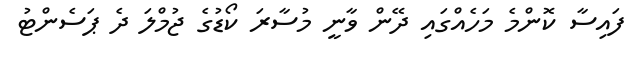
ފައިސާ ކޮންމެ މަހެއްގައި ދޭން ވާނީ މުސާރަ ކޯޑުގެ ޖުމްލަ ދެ ޕަސެންޓު